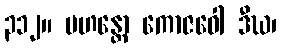
၃၁၂။ မဟန္တော ကောဇဝေါ ဒီဃ၊